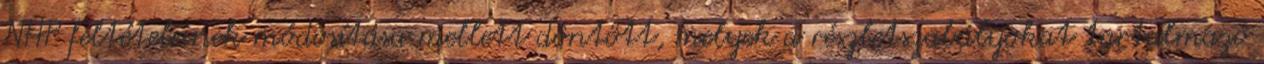
NHP feltételeinek módosítása mellett döntött, melyek a részletszabályokat tartalmazó